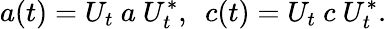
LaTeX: a(t)=U_{t}~a~U_{t}^{*},~~c(t)=U_{t}~c~U_{t}^{*}.